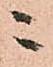
ニ